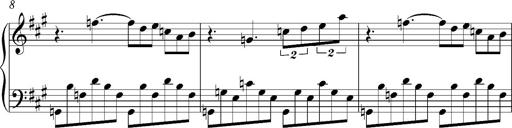
Title: PensÃ©es (Nocturne)
Composer: Franz Liszt
Key: A major